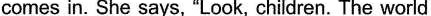
comes in. She says, "Look, children. The world